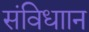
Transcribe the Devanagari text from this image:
संविधाान